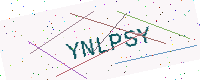
Text: YNLPSY